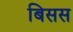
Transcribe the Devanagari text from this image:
बिसस